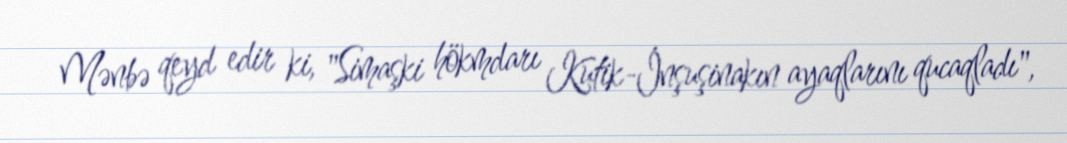
Mənbə qeyd edir ki, "Simaşki hökmdarı Kutik-İnşuşinakın ayaqlarını qucaqladı",